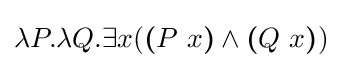
\lambda P.\lambda Q.\exists x({\boldsymbol {(}}P\ x{\boldsymbol {)}}\wedge {\boldsymbol {(}}Q\ x{\boldsymbol {)}})